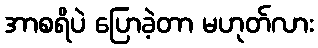
အာစရိပဲ ပြောခဲ့တာ မဟုတ်လား